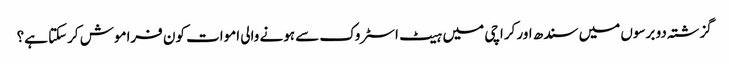
گزشتہ دو برسوں میں سندھ اور کراچی میں ہیٹ اسٹروک سے ہونے والی اموات کون فراموش کرسکتا ہے؟